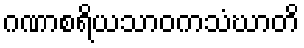
ဂဏာစရိယသာဝကသံဃာတိ